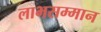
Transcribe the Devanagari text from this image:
लाभसम्मान